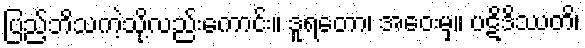
ပြည့်ဘိသကဲ့သို့လည်းကောင်း။ ဒူရတော၊ အဝေးမှ။ ပဋိဒိဿတိ၊